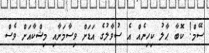
ސޭމް! ކޮބާ ޙާލު ކިހިނެއް އެ ސުވާލުގެ އަޑަށް ވިސާމަށާއި މިޝްކާއަށް ވެސް